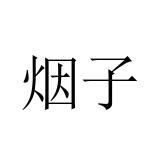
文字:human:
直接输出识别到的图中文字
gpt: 烟子